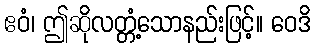
ဧဝံ၊ ဤဆိုလတ္တံ့သောနည်းဖြင့်။ ဝေဒိ